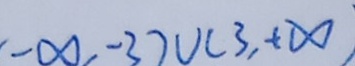
- \infty , - 3 ) \cup ( 3 , + \infty )